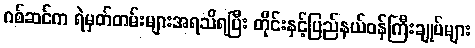
ဂစ်ဆင်က ရဲမှတ်တမ်းများအရသိရပြီး တိုင်းနှင့်ပြည်နယ်ဝန်ကြီးချုပ်များ